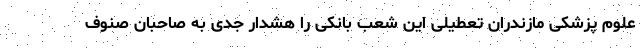
علوم پزشکی مازندران تعطیلی این شعب بانکی را هشدار جدی به صاحبان صنوف